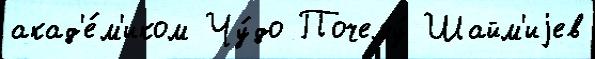
акад'е́м'иком Чу́до Почему́ Шайм'иjев